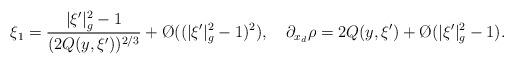
LaTeX: \begin{align*}\xi_1=\frac{|\xi'|_g^2-1}{(2Q(y,\xi'))^{2/3}}+\O{}((|\xi'|_g^2-1)^2),\quad\partial_{x_d}\rho=2Q(y,\xi')+\O{}(|\xi'|_g^2-1).\end{align*}